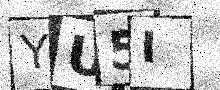
Text: YU5I